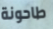
طاحونة